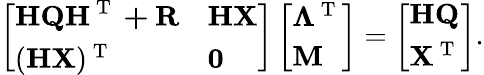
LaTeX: \left[\begin{array}{ll}{\mathbf{HQH^{\mathrm{~T~}}+R}}&{\mathbf{HX}}\\ {(\mathbf{HX})^{\mathrm{~T~}}}&{\mathbf{0}}\end{array}\right]\left[\begin{array}{l}{\boldsymbol{\Lambda}^{\mathrm{~T~}}}\\ {\mathbf{M}}\end{array}\right]=\left[\begin{array}{l}{\mathbf{HQ}}\\ {\mathbf{X}^{\mathrm{~T~}}}\end{array}\right].